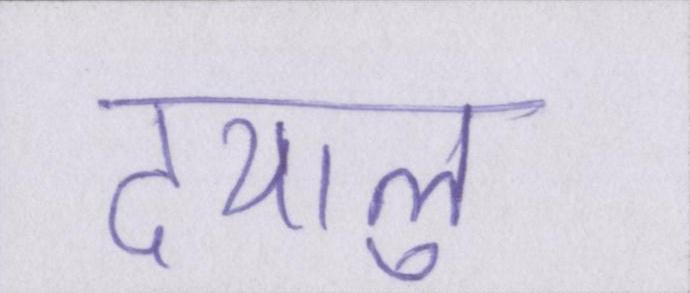
दयालु